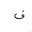
Letter: _fa